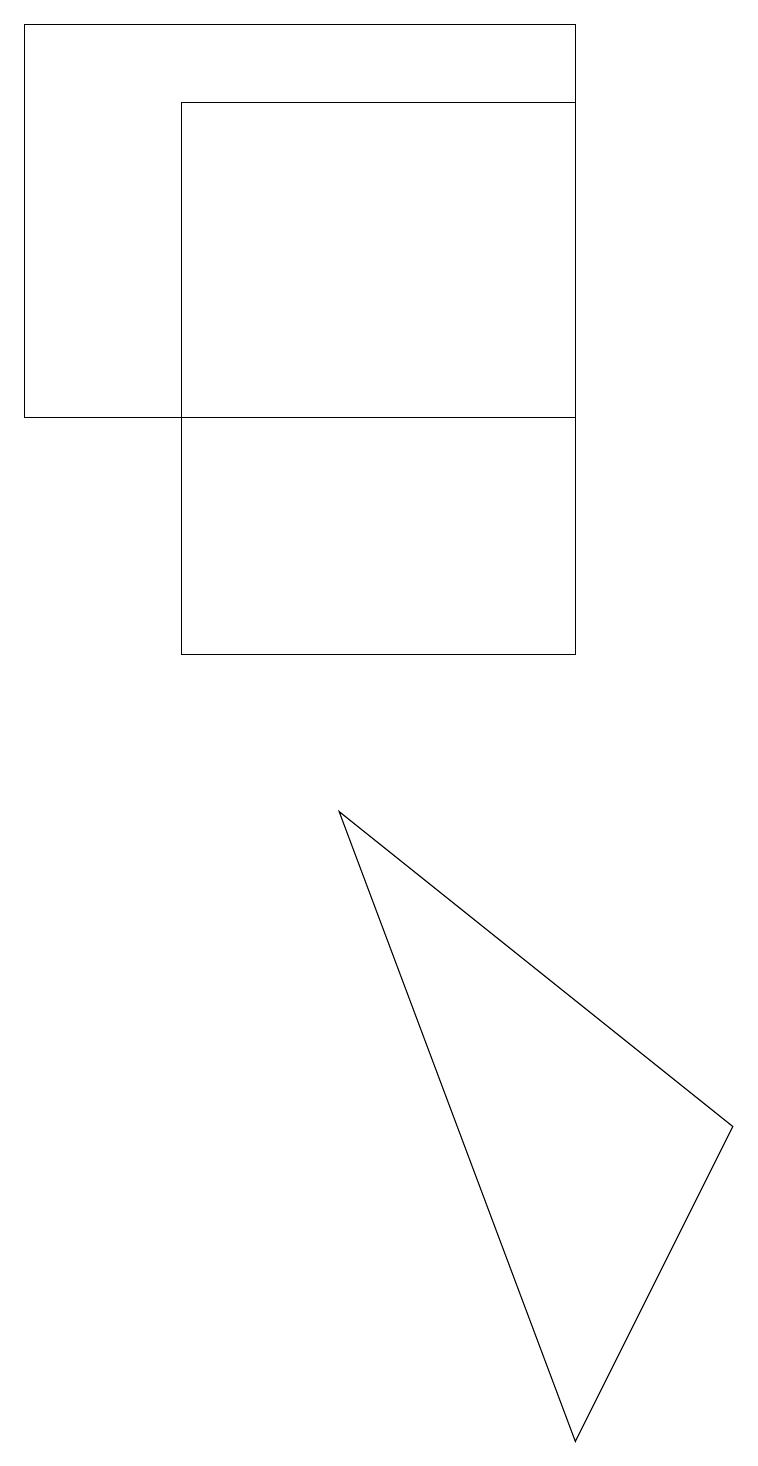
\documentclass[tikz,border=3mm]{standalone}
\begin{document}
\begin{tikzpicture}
\draw (2,11) rectangle (7,18);
\draw (0,19) rectangle (7,14);
\draw (7,1) -- (4,9) -- (9,5) -- cycle;
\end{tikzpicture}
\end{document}